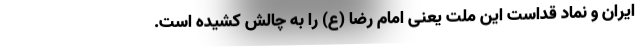
ایران و نماد قداست این ملت یعنی امام رضا (ع) را به چالش کشیده است.